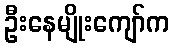
ဦးနေမျိုးကျော်က